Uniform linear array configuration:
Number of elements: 32
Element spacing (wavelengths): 0.5
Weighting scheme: exponential
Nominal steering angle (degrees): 15
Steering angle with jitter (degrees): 14.004
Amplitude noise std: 0.05
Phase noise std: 0.05

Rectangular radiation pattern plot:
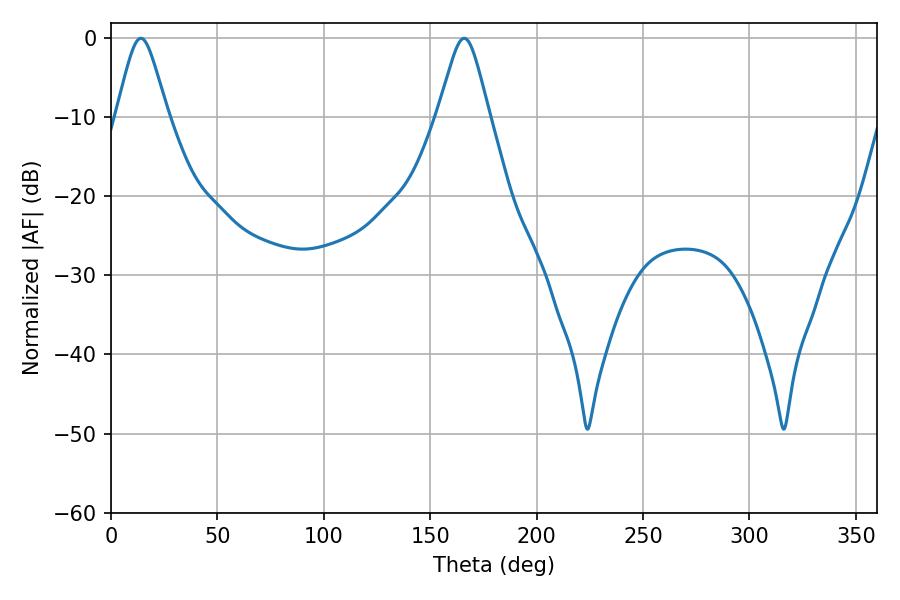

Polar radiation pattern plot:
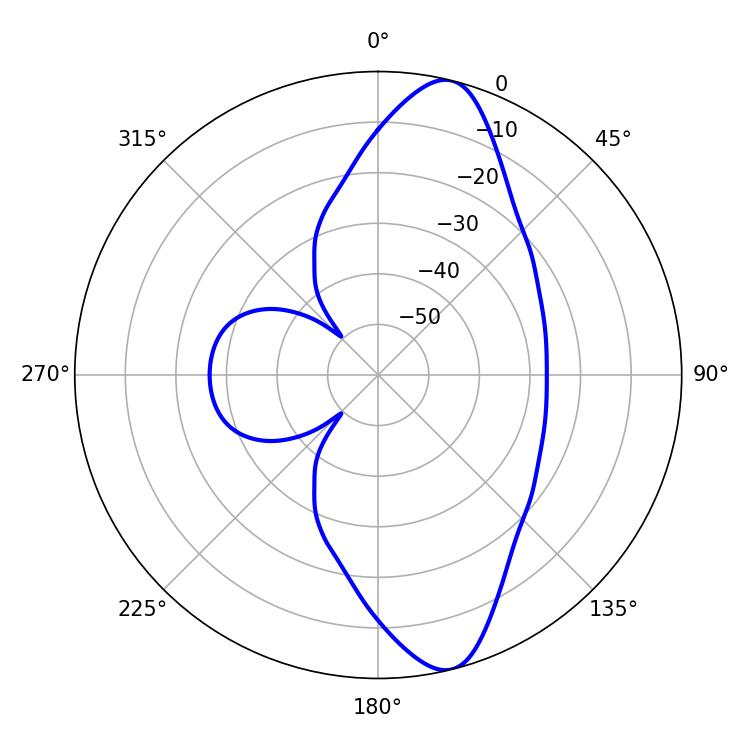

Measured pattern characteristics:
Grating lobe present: FALSE
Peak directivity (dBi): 11.946
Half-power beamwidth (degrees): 11.7
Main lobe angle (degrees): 14.04